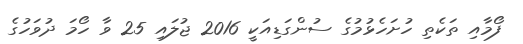
ފޯމާއި ތަކެތި ހުށަހެޅުމުގެ ސުންގަޑިއަކީ 2016 ޖުލައި 25 ވާ ހޯމަ ދުވަހުގެ